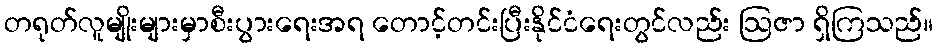
တရုတ်လူမျိုးများမှာစီးပွားရေးအရ တောင့်တင်းပြီးနိုင်ငံရေးတွင်လည်း ဩဇာ ရှိကြသည်။